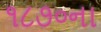
૧૮૭૦ના